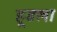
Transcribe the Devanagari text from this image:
हूडला